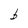
Character: b